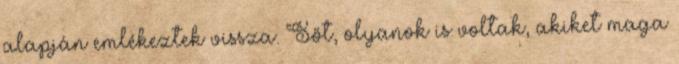
alapján emlékeztek vissza. Sőt, olyanok is voltak, akiket maga